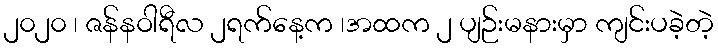
၂၀၂၀ ၊ ဇန်နဝါရီလ ၂ရက်နေ့က ၊အထက ၂ ပျဉ်းမနားမှာ ကျင်းပခဲ့တဲ့